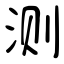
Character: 测